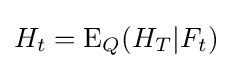
H_{t}=\operatorname {E} _{Q}(H_{T}|F_{t})